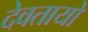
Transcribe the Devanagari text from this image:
देवतायों